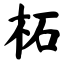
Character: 柘